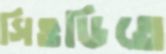
সিওডিতে